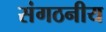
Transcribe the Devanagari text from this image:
संगठनीय